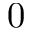
0